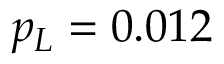
p _ { L } = 0 . 0 1 2